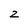
Character: Z